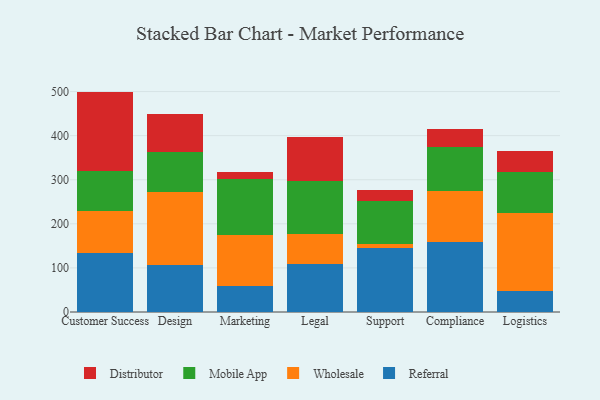
{"axis": {"x": "Department", "y": "Revenue (USD Million)"}, "legend": ["Distributor", "Mobile App", "Referral", "Wholesale"], "data": [{"x": "Customer Success", "y": 133.9, "type": "Referral"}, {"x": "Customer Success", "y": 94.6, "type": "Wholesale"}, {"x": "Customer Success", "y": 91.8, "type": "Mobile App"}, {"x": "Customer Success", "y": 179.6, "type": "Distributor"}, {"x": "Design", "y": 106.7, "type": "Referral"}, {"x": "Design", "y": 165.4, "type": "Wholesale"}, {"x": "Design", "y": 91.5, "type": "Mobile App"}, {"x": "Design", "y": 84.4, "type": "Distributor"}, {"x": "Marketing", "y": 58.6, "type": "Referral"}, {"x": "Marketing", "y": 116.1, "type": "Wholesale"}, {"x": "Marketing", "y": 126.2, "type": "Mobile App"}, {"x": "Marketing", "y": 16.0, "type": "Distributor"}, {"x": "Legal", "y": 109.6, "type": "Referral"}, {"x": "Legal", "y": 67.2, "type": "Wholesale"}, {"x": "Legal", "y": 121.3, "type": "Mobile App"}, {"x": "Legal", "y": 99.3, "type": "Distributor"}, {"x": "Support", "y": 144.1, "type": "Referral"}, {"x": "Support", "y": 9.9, "type": "Wholesale"}, {"x": "Support", "y": 97.8, "type": "Mobile App"}, {"x": "Support", "y": 25.4, "type": "Distributor"}, {"x": "Compliance", "y": 158.2, "type": "Referral"}, {"x": "Compliance", "y": 115.3, "type": "Wholesale"}, {"x": "Compliance", "y": 100.9, "type": "Mobile App"}, {"x": "Compliance", "y": 41.6, "type": "Distributor"}, {"x": "Logistics", "y": 47.7, "type": "Referral"}, {"x": "Logistics", "y": 177.2, "type": "Wholesale"}, {"x": "Logistics", "y": 93.2, "type": "Mobile App"}, {"x": "Logistics", "y": 46.1, "type": "Distributor"}]}